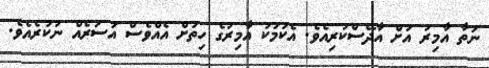
ނަތާ އާމިރު އަށް އާދޭސްކުރިއެވެ. އެކަމަކު އާމިރުގެ ހިތަށް އެއްވެސް އަސަރެއް ނުކުރެއެވެ.